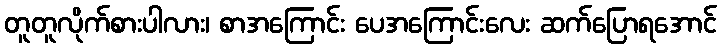
တူတူလိုက်စားပါလား၊ စာအကြောင်း ပေအကြောင်းလေး ဆက်ပြောရအောင်